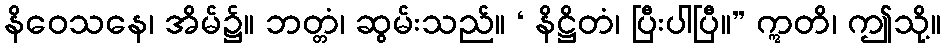
နိဝေသနေ၊ အိမ်၌။ ဘတ္တံ၊ ဆွမ်းသည်။ ‘ နိဋ္ဌိတံ၊ ပြီးပါပြီ။” ဣတိ၊ ဤသို့။